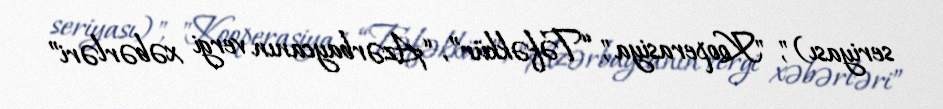
seriyası)", "Kooperasiya", “Təfəkkür”, “Azərbaycanın vergi xəbərləri”